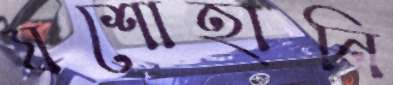
যশোহানি